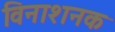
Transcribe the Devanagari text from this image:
विनाशनक